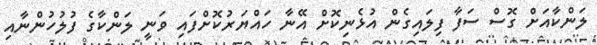
ލަންކާއަށް ގޮސް ސަފާ ފިލައިގެން އުޅެނިކޮށް އޭނާ ހައްޔަރުކޮށްފައި ވަނީ ލަންކާގެ ފުލުހުންނާއި